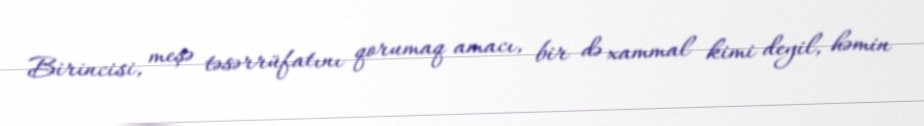
Birincisi, meşə təsərrüfatını qorumaq amacı, bir də xammal kimi deyil, həmin